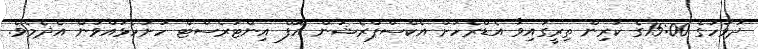
ދުވަހުގެ 15:00ގެ ކުރިން ތިރީގައިވާ އެޑްރެހަށް އެކްސްޕްރެޝަން އޮފް އިންޓަރެސްޓް ހުށަހެޅުއްވުން އެދެމެވެ.